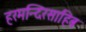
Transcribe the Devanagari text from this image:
हरमन्दिरसाहिब